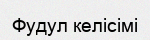
Фудул келісімі